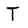
Character: T